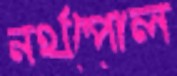
নর্থপোল